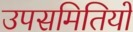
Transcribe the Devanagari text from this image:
उपसमितियों